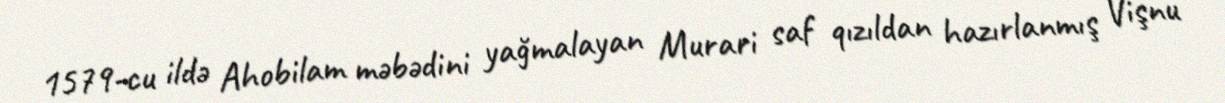
1579-cu ildə Ahobilam məbədini yağmalayan Murari saf qızıldan hazırlanmış Vişnu